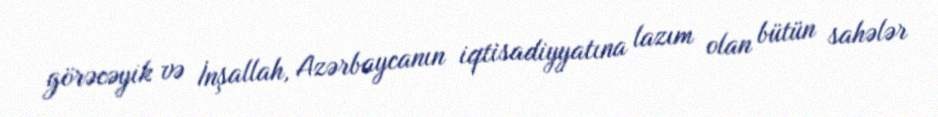
görəcəyik və İnşallah, Azərbaycanın iqtisadiyyatına lazım olan bütün sahələr